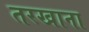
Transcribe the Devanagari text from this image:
तरखाना